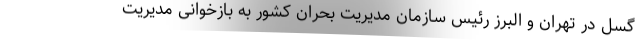
گسل در تهران و البرز رئیس سازمان مدیریت بحران کشور به بازخوانی مدیریت